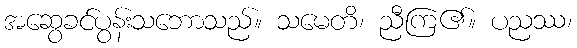
အဆွေခင်ပွန်းသဘောသည်။ သမေတိ၊ ညီကြ၏။ ပညဿ၊